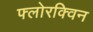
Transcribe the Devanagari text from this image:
फ्लोरक्विन